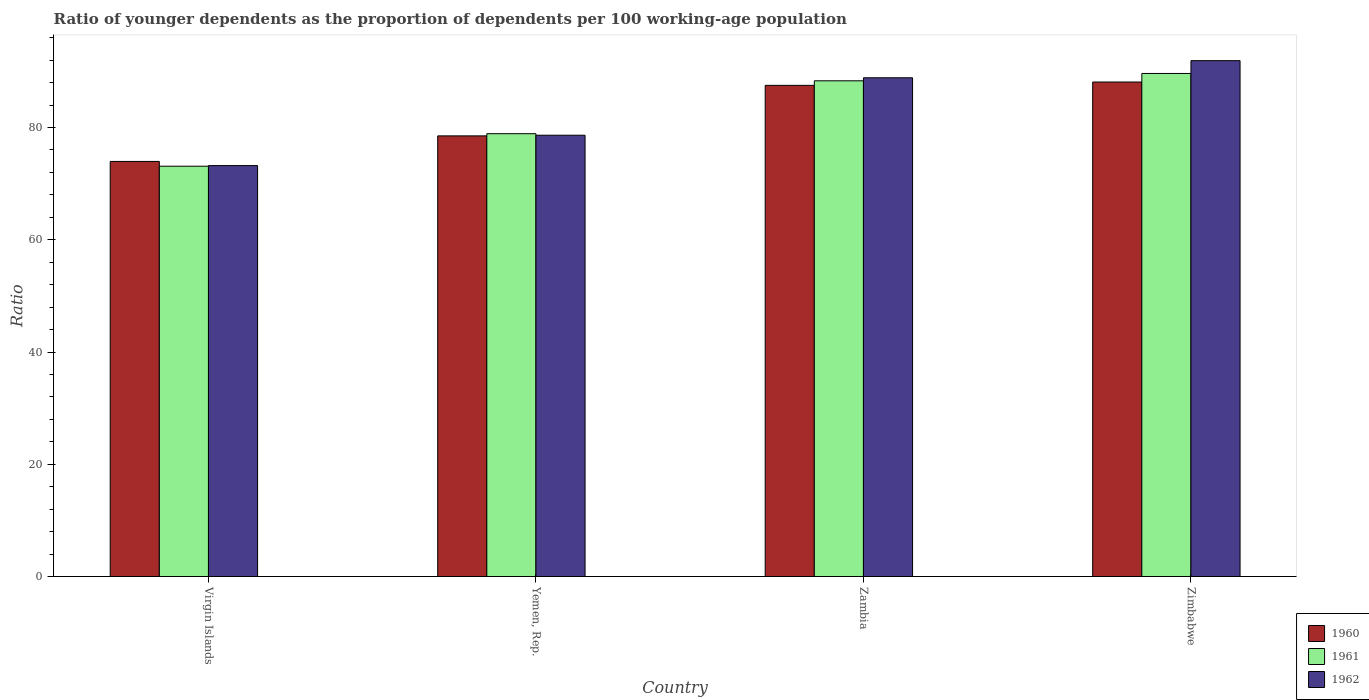
| Country | 1960 | 1961 | 1962 |
 | --- | --- | --- | --- |
 | Virgin Islands | 74 | 73.1 | 73.2 |
 | Yemen, Rep. | 78.5 | 78.9 | 78.6 |
 | Zambia | 87.5 | 88.3 | 88.9 |
 | Zimbabwe | 88.1 | 89.6 | 91.9 |